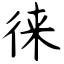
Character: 徕